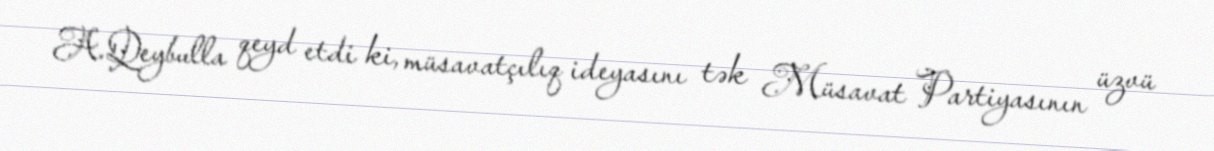
A.Qeybulla qeyd etdi ki, müsavatçılıq ideyasını tək Müsavat Partiyasının üzvü